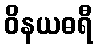
ဝိနယဓရီ